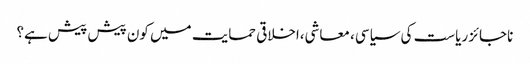
ناجائز ریاست کی سیاسی، معاشی،اخلاقی حمایت میں کون پیش پیش ہے؟